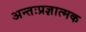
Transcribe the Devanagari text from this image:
अन्तःप्रज्ञात्मक